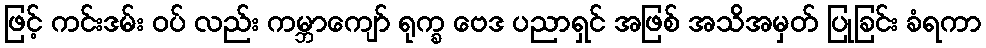
ဖြင့် ကင်းဒမ်း ဝပ် လည်း ကမ္ဘာကျော် ရုက္ခ ဗေဒ ပညာရှင် အဖြစ် အသိအမှတ် ပြုခြင်း ခံရကာ